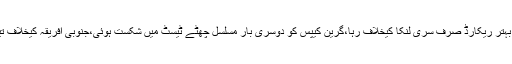
آسٹریلیا کی پاکستان کیخلاف ہوم سیریز میں فتح کا تناسب 70.27 ہے، اس سے بہتر ریکارڈ صرف سری لنکا کیخلاف رہا،گرین کیپس کو دوسری بار مسلسل چھٹے ٹیسٹ میں شکست ہوئی،جنوبی افریقہ کیخلاف تینوں، نیوزی لینڈ کیخلاف ایک اور اب آسٹریلیا میں دونوں میچز میں ناکامی ہوئی۔